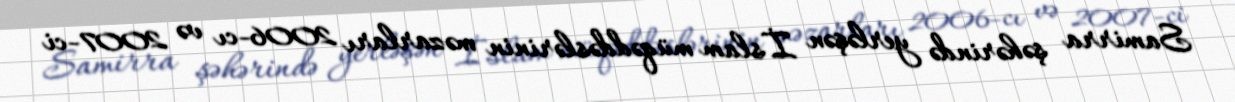
Samirra şəhərində yerləşən İslam müqəddəslərinin məzarları 2006-cı və 2007-ci